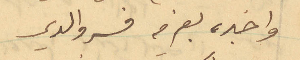
واخبره بعزمه فسر والدي